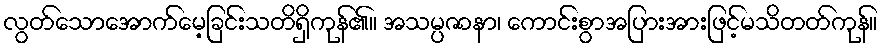
လွတ်သောအောက်မေ့ခြင်းသတိရှိကုန်၏။ အသမ္ပဇာနာ၊ ကောင်းစွာအပြားအားဖြင့်မသိတတ်ကုန်။